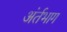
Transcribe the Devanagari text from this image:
अंर्तभाग